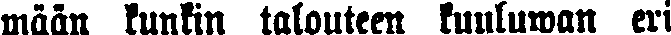
mään kunkin talouteen kuuluwan eri